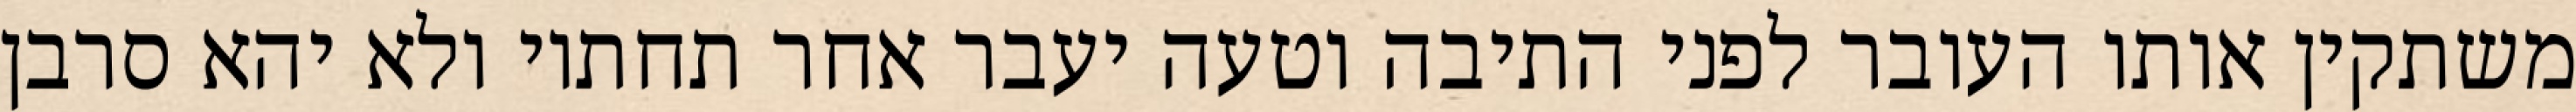
משתקין אותו העובר לפני התיבה וטעה יעבר אחר תחתיו ולא יהא סרבן